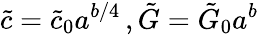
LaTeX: \tilde{c}=\tilde{c}_{0}a^{b/4}\, ,\tilde{G}=\tilde{G}_{0}a^{b}